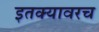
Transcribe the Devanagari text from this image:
इतक्यावरच